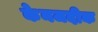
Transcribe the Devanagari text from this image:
केनजदीक